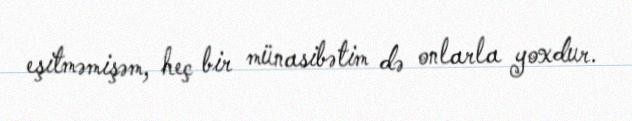
eşitməmişəm, heç bir münasibətim də onlarla yoxdur.